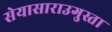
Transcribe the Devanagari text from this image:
सेयासाराउगुस्ता